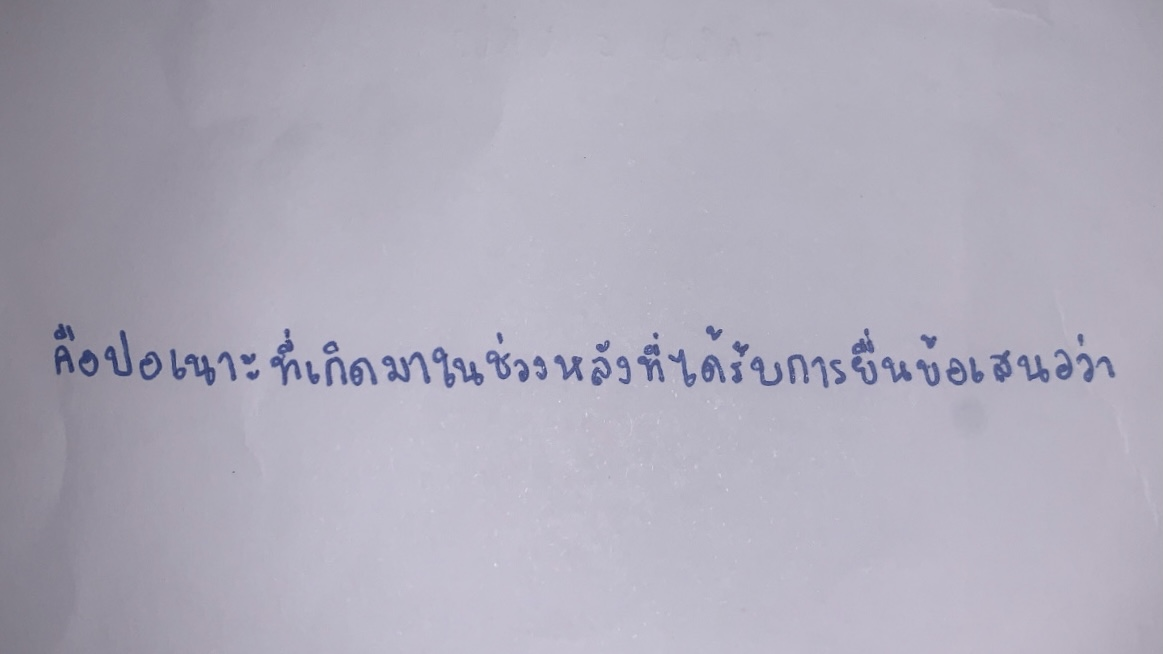
คือปอเนาะที่เกิดมาในช่วงหลังที่ได้รับการยื่นข้อเสนอว่า